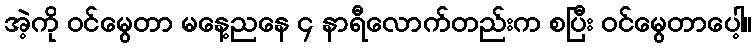
အဲ့ကို ဝင်မွေတာ မနေ့ညနေ ၄ နာရီလောက်တည်းက စပြီး ဝင်မွေတာပေါ့။